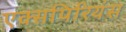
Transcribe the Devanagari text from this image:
एक्सपिरियंस